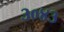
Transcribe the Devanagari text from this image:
३०४३